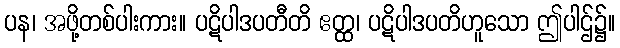
ပန၊ အဖို့တစ်ပါးကား။ ပဋိပါဒပတီတိ ဧတ္ထ၊ ပဋိပါဒပတိဟူသော ဤပါဌ်၌။